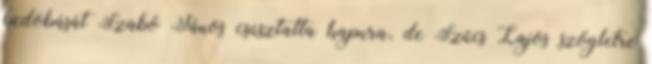
bedobását Szabó János csúsztatta kapura, de Szűcs Lajos szögletre